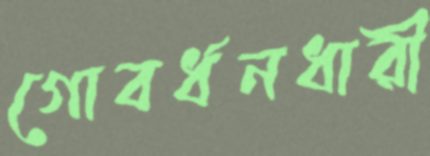
গোবর্ধনধারী